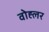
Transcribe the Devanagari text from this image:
वोह्लर